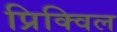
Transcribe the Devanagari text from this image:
प्रिक्विल